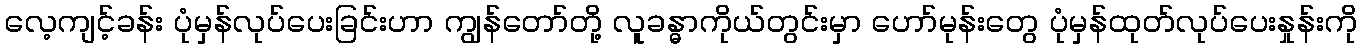
လေ့ကျင့်ခန်း ပုံမှန်လုပ်ပေးခြင်းဟာ ကျွန်တော်တို့ လူခန္ဓာကိုယ်တွင်းမှာ ဟော်မုန်းတွေ ပုံမှန်ထုတ်လုပ်ပေးနှုန်းကို